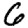
Digit: 6